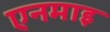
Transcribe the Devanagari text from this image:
एनमाइ